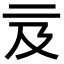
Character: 𠄦